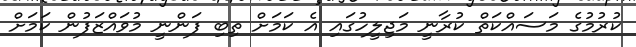
ކުރުމުގެ މަސައްކަތް ކުރާނީ މަޖިލީހުގައި އެ ކަމަށް ތިބި ފަންނީ މުވައްޒަފުން ކަމަށް